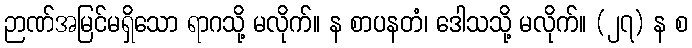
ဉာဏ်အမြင်မရှိသော ရာဂသို့ မလိုက်။ န စာပနတံ၊ ဒေါသသို့ မလိုက်။ (၂၇) န စ